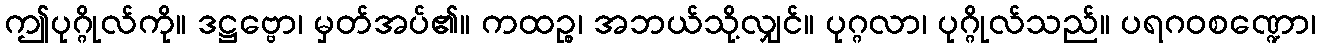
ဤပုဂ္ဂိုလ်ကို။ ဒဋ္ဌဗ္ဗော၊ မှတ်အပ်၏။ ကထဉ္စ၊ အဘယ်သို့လျှင်။ ပုဂ္ဂလာ၊ ပုဂ္ဂိုလ်သည်။ ပရဂဝစဏ္ဍော၊